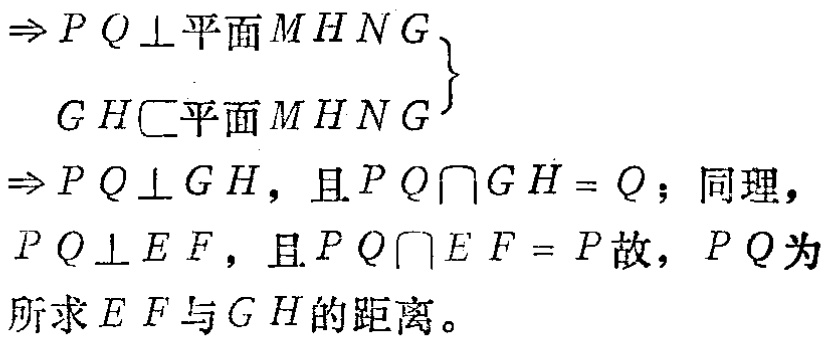
$\begin{align*}
&\Rightarrow PQ\perp平面MHNG\\
&GH\subset平面MHNG\\
\end{align*}
\left.\begin{array}{r}
\\
\end{array}\right\}
\Rightarrow PQ\perp GH，且PQ\cap GH = Q；同理，PQ\perp EF，且PQ\cap EF = P故，PQ为所求EF与GH的距离。$